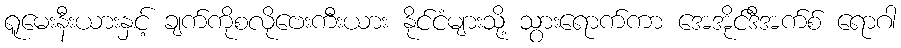
ရူမေးနီးယားနှင့် ချက်ကိုစလိုဗေးကီးယား နိုင်ငံများသို့ သွားရောက်ကာ အေအိုင်ဒီအက်စ် ရောဂါ